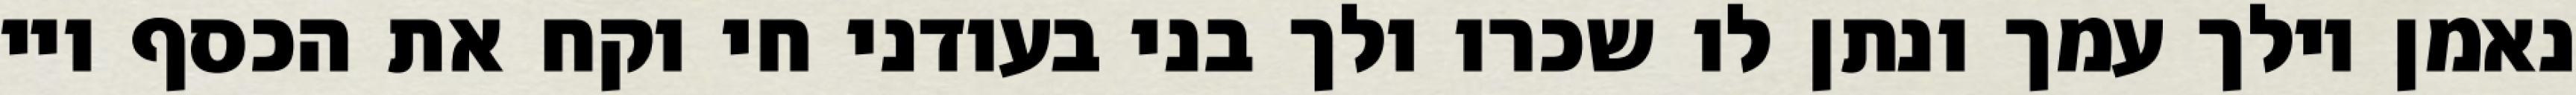
נאמן וילך עמך ונתן לו שכרו ולך בני בעודני חי וקח את הכסף ויי